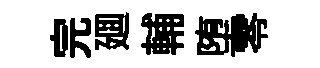
完廽輔堕零